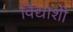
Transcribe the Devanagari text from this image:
विद्याशी